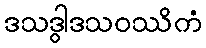
ဒသဒွါဒသဝဿိကံ